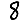
Digit: 8